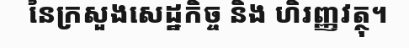
នៃក្រសួងសេដ្ឋកិច្ច និង ហិរញ្ញវត្ថុ។